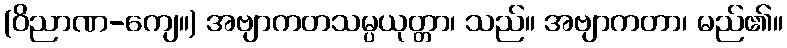
(ဝိညာဏ-ကျေ။) အဗျာကတသမ္ပယုတ္တာ၊ သည်။ အဗျာကတာ၊ မည်၏။